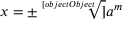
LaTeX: x = \pm { \sqrt [ [object Object] ] { a ^ { m } } }